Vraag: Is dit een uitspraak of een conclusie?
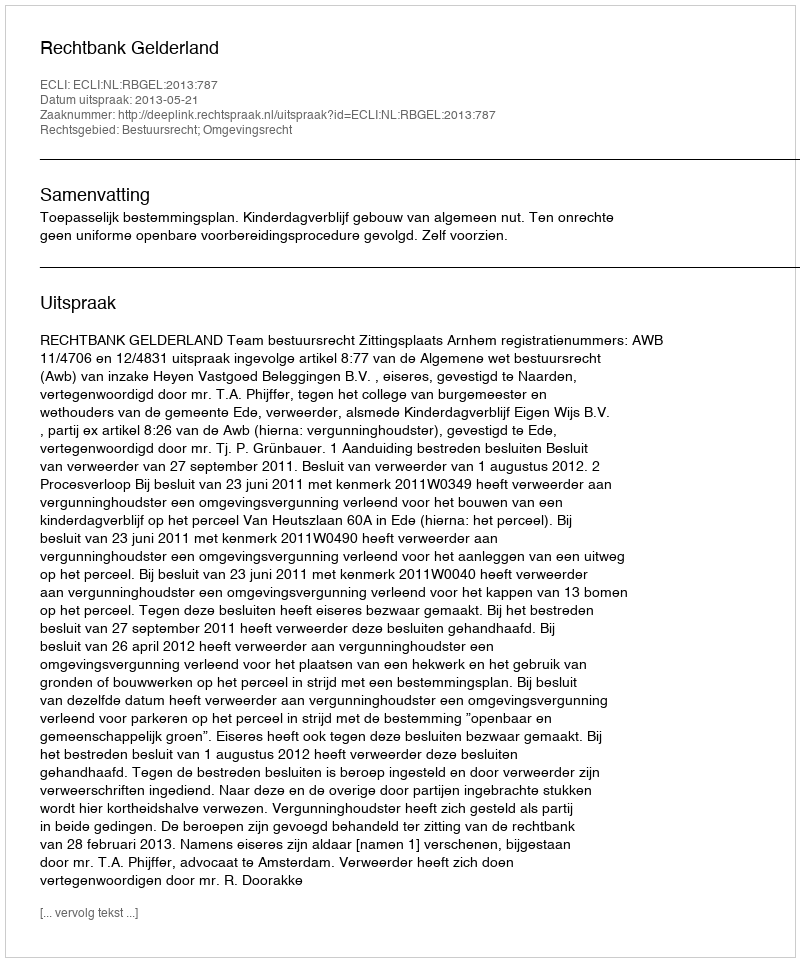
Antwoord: Uitspraak